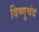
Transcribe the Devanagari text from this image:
विष्णुचंद